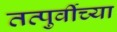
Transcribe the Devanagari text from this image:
तत्पुर्वीच्या